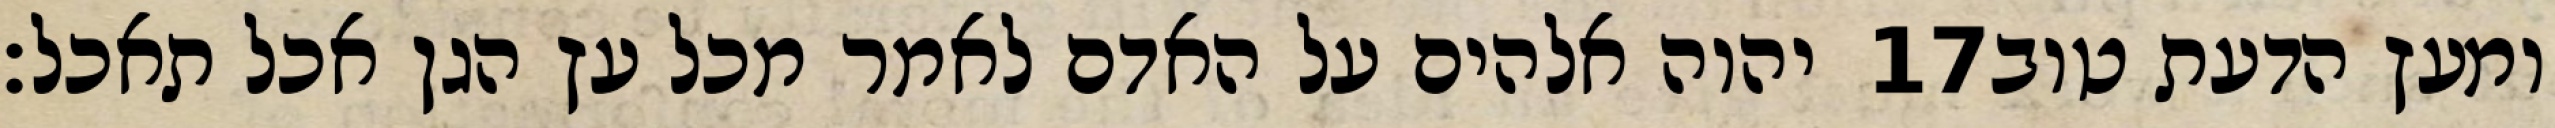
יהוה אלהים על האדם לאמר מכל עץ הגן אכל תאכל׃ ‎17‏ ומעץ הדעת טוב